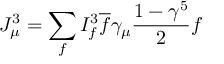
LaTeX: J _ { \mu } ^ { 3 } = \sum _ { f } I _ { f } ^ { 3 } { \overline { { f } } } \gamma _ { \mu } { \frac { 1 - \gamma ^ { 5 } } { 2 } } f